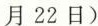
月22日）